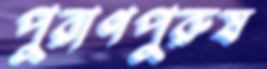
পুরাণপুরুষ